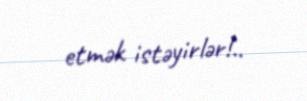
etmək istəyirlər!..